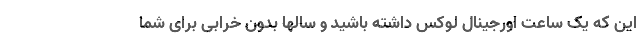
این که یک ساعت اورجینال لوکس داشته باشید و سالها بدون خرابی برای شما